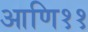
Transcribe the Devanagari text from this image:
आणि११